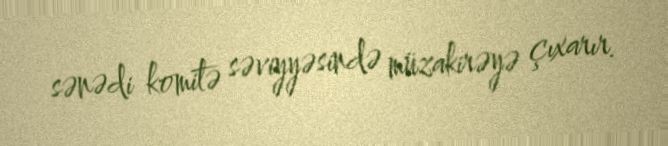
sənədi komitə səviyyəsində müzakirəyə çıxarır.